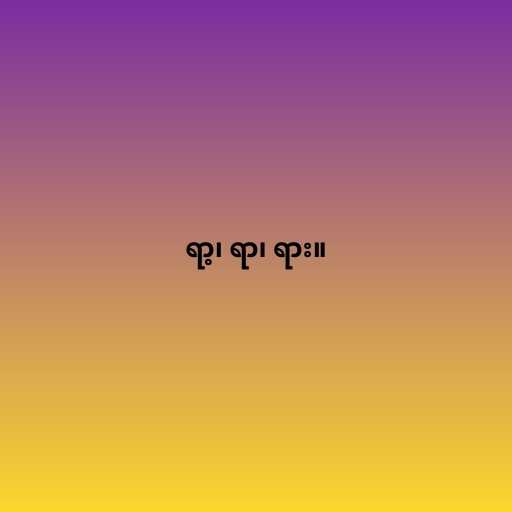
ရာ့၊ ရာ၊ ရား။